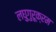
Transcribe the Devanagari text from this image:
लघुगुरूक्रम